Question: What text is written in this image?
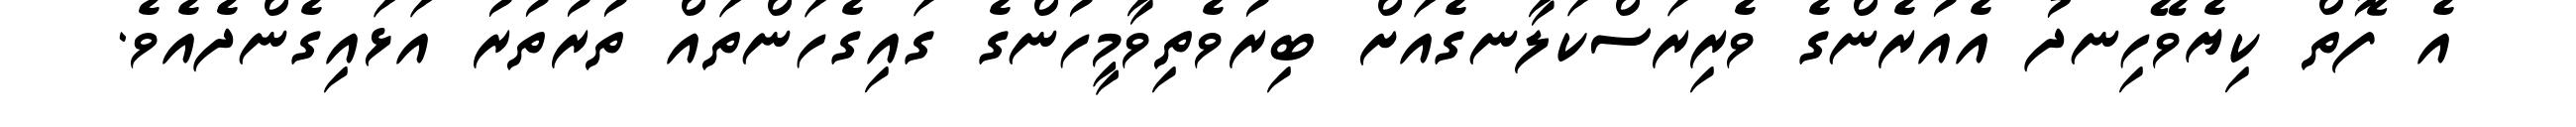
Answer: އެ ފޮތް ކިޔެވޭހިނދު އެއުރެންގެ ވެރިރަސްކަލާނގެއަށް ބިރުވެތިވާމީހުންގެ ގައިގެހަންތައް ތުރުތުރު އަޅައިގެންދެއެވެ.